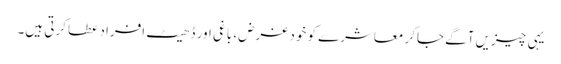
یہی چیزیں آگے جاکر معاشرے کو خود غرض، باغی اور ڈھیٹ افراد عطا کرتی ہیں۔